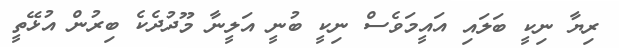
ރިޔާ ނިކީ ބަލައި އައީމަވެސް ނިކީ ބުނީ އަލީނާ މޫދުދެކެ ބިރުން އުޅޭތީ